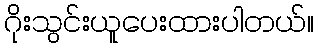
ဂိုးသွင်းယူပေးထားပါတယ်။